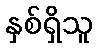
နှစ်ရှိသူ